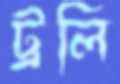
ট্রলি